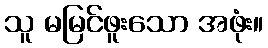
သူ မမြင်ဖူးသော အဖုံး။